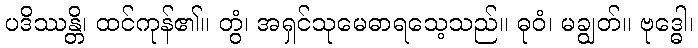
ပဒိဿန္တိ၊ ထင်ကုန်၏။ တွံ၊ အရှင်သုမေဓာရသေ့သည်။ ဓုဝံ၊ မချွတ်။ ဗုဒ္ဓေါ၊